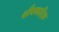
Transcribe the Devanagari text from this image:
शौनकादिक